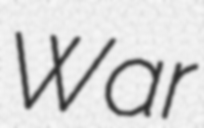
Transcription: War